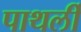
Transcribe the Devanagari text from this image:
पाथर्ली